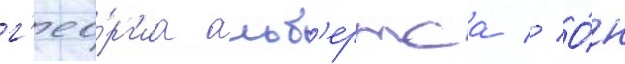
г'ео́рг'иа альб'ертса // О́н